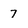
Character: 7